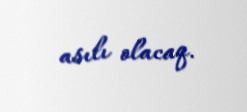
asılı olacaq.